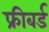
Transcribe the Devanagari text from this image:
फ्रीबर्ड